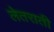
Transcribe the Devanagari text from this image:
लेतराती